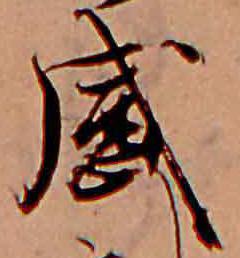
感